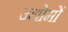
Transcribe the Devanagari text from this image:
उद्योमों